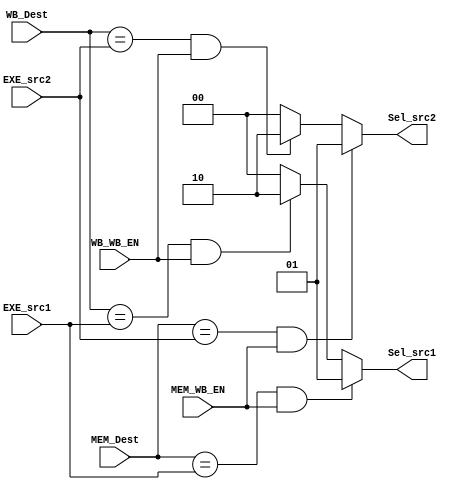
module Forwarding_Unit (
    input WB_WB_EN, MEM_WB_EN,
    input [3:0] WB_Dest, MEM_Dest, EXE_src1, EXE_src2,
    output [1:0] Sel_src1, Sel_src2);
    
    assign Sel_src1 = ((MEM_Dest == EXE_src1) && (MEM_WB_EN == 1'b1)) ? 2'b01 :
                        (((WB_Dest == EXE_src1) && (WB_WB_EN == 1'b1)) ? 2'b10 : 2'b0);
    assign Sel_src2 = ((MEM_Dest == EXE_src2) && (MEM_WB_EN == 1'b1)) ? 2'b01 :
                        (((WB_Dest == EXE_src2) && (WB_WB_EN == 1'b1)) ? 2'b10 : 2'b0);

endmodule